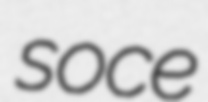
soce